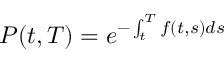
P ( t , T ) = e ^ { - \int _ { t } ^ { T } f ( t , s ) d s }